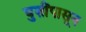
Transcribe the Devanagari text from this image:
घुशींपासून